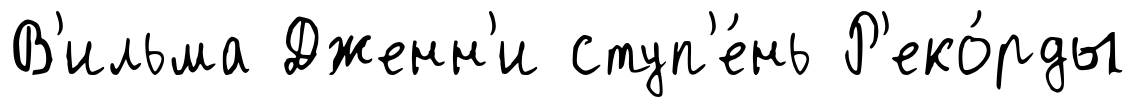
В'ильма Дженн'и ступ'е́нь Р'еко́рды